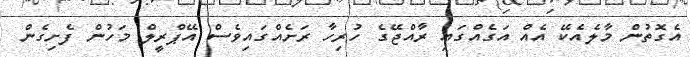
އެގޮތުން މާލެއެކޭ އެއް އަގެއްގައި ރާއްޖޭގެ ހުރިހާ ރަށެއްގައިވެސް އޭޕްރީލް މަހުން ފެށިގެން